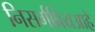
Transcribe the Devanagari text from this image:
निसर्गप्रियआहे